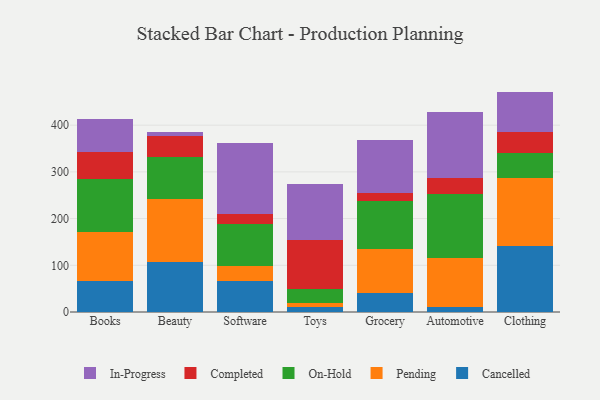
{"axis": {"x": "Category", "y": "Waste Production (Tons)"}, "legend": ["Cancelled", "Completed", "In-Progress", "On-Hold", "Pending"], "data": [{"x": "Books", "y": 67.3, "type": "Cancelled"}, {"x": "Books", "y": 103.9, "type": "Pending"}, {"x": "Books", "y": 112.7, "type": "On-Hold"}, {"x": "Books", "y": 58.8, "type": "Completed"}, {"x": "Books", "y": 70.4, "type": "In-Progress"}, {"x": "Beauty", "y": 106.3, "type": "Cancelled"}, {"x": "Beauty", "y": 135.0, "type": "Pending"}, {"x": "Beauty", "y": 89.8, "type": "On-Hold"}, {"x": "Beauty", "y": 45.6, "type": "Completed"}, {"x": "Beauty", "y": 7.8, "type": "In-Progress"}, {"x": "Software", "y": 67.0, "type": "Cancelled"}, {"x": "Software", "y": 32.0, "type": "Pending"}, {"x": "Software", "y": 88.8, "type": "On-Hold"}, {"x": "Software", "y": 22.5, "type": "Completed"}, {"x": "Software", "y": 152.2, "type": "In-Progress"}, {"x": "Toys", "y": 10.5, "type": "Cancelled"}, {"x": "Toys", "y": 8.0, "type": "Pending"}, {"x": "Toys", "y": 30.7, "type": "On-Hold"}, {"x": "Toys", "y": 105.3, "type": "Completed"}, {"x": "Toys", "y": 119.0, "type": "In-Progress"}, {"x": "Grocery", "y": 41.7, "type": "Cancelled"}, {"x": "Grocery", "y": 93.1, "type": "Pending"}, {"x": "Grocery", "y": 103.7, "type": "On-Hold"}, {"x": "Grocery", "y": 15.6, "type": "Completed"}, {"x": "Grocery", "y": 114.0, "type": "In-Progress"}, {"x": "Automotive", "y": 10.9, "type": "Cancelled"}, {"x": "Automotive", "y": 103.9, "type": "Pending"}, {"x": "Automotive", "y": 137.3, "type": "On-Hold"}, {"x": "Automotive", "y": 35.3, "type": "Completed"}, {"x": "Automotive", "y": 140.6, "type": "In-Progress"}, {"x": "Clothing", "y": 140.9, "type": "Cancelled"}, {"x": "Clothing", "y": 145.6, "type": "Pending"}, {"x": "Clothing", "y": 53.2, "type": "On-Hold"}, {"x": "Clothing", "y": 45.4, "type": "Completed"}, {"x": "Clothing", "y": 86.8, "type": "In-Progress"}]}